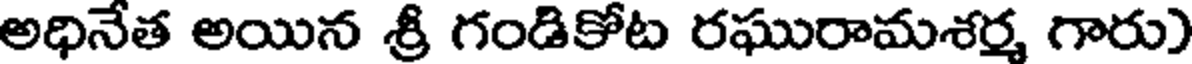
అధినేత అయిన శ్రీ గండికోట రఘురామశర్మ గారు)